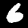
Digit: 6